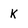
Character: K